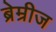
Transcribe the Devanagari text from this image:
ब्रेम्रीज